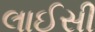
લાઈસી